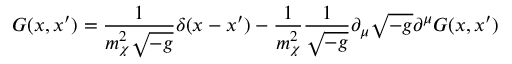
G ( x , x ^ { \prime } ) = \frac 1 { m _ { \chi } ^ { 2 } \sqrt { - g } } \delta ( x - x ^ { \prime } ) - \frac 1 { m _ { \chi } ^ { 2 } } \frac 1 { \sqrt { - g } } \partial _ { \mu } \sqrt { - g } \partial ^ { \mu } G ( x , x ^ { \prime } )